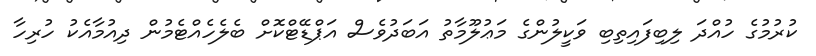
ކުރުމުގެ ހުއްދަ ލިބިފައިތިބި ވަކީލުންގެ މަޢުލޫމާތު އަބަދުވެސް އަޕްޑޭޓްކޮށް ބެލެހެއްޓެމުން ދިއުމާއެކު ހުރިހާ